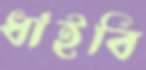
ধাইবি